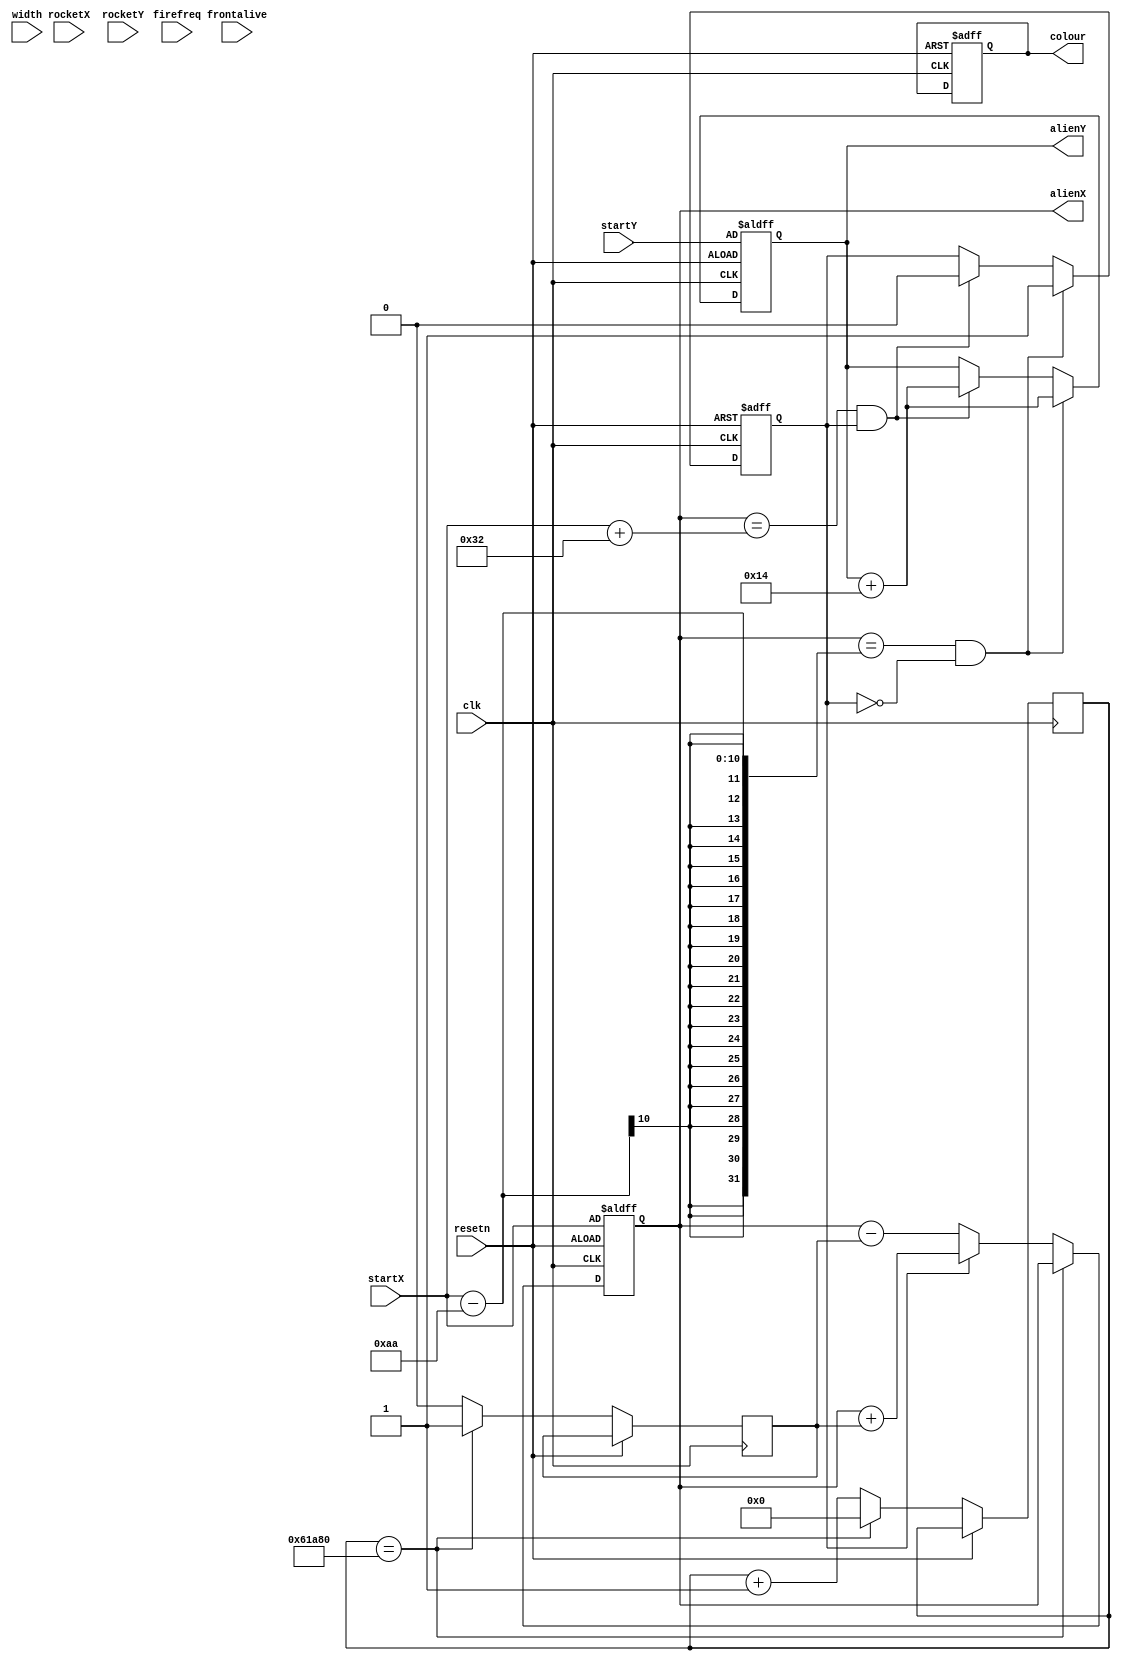
module alien(clk,resetn,startX,startY,alienX,alienY,width,rocketX,rocketY,firefreq,frontalive, colour);

    input clk,resetn;
    input frontalive;
    input [9:0] startX;
    input [8:0] startY;
    input [9:0] rocketX;
    input [8:0] rocketY;
    input [9:0] width;
    input [27:0] firefreq;
    output reg [9:0]alienX;
    output reg [8:0]alienY;
    reg [23:0] counter;
    reg [27:0] firecounter;
    reg speed,direction;
	output reg colour;

    
    always@(posedge clk or posedge resetn)
    begin
        if(resetn)
        begin
            alienX <= startX;
			colour <= 3'b0;
        end else if(counter == 24'd400_000)
            begin
                 speed <= 1'b1;
                 counter <= 0;
             end else 
             begin
                if(direction) 
                begin
                    counter <= counter + 1'b1;
                    alienX <= alienX + speed;
                    speed <= 0;
                end else 
                begin
                    counter <= counter + 1'b1;
                    alienX <= alienX - speed;
                    speed <= 0;
                end
            end
        end
    
    
    always@(posedge clk or posedge resetn)begin
        if(resetn)
        begin
            direction <= 0;
            alienY <= startY;
        end else begin
            if(alienX == startX - 170 && direction == 0) begin
                direction <= 1'b1;
                alienY <=  alienY + 20;
            end else if(alienX == startX + 50 && direction == 1)begin
                direction <= 0;
                alienY <= alienY + 20;
            end
        end
    end
   
endmodule